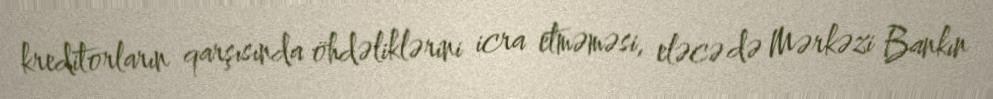
kreditorların qarşısında öhdəliklərini icra etməməsi, eləcə də Mərkəzi Bankın